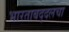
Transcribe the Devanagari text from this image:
भारताबद्दलचा